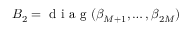
B _ { 2 } = \mathrm { ~ d ~ i ~ a ~ g ~ } ( \beta _ { M + 1 } , \ldots , \beta _ { 2 M } )